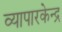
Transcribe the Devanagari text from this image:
व्यापारकेन्द्र